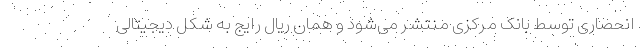
انحصاری توسط بانک مرکزی منتشر می‌شود و همان ریال رایج به شکل دیجیتالی